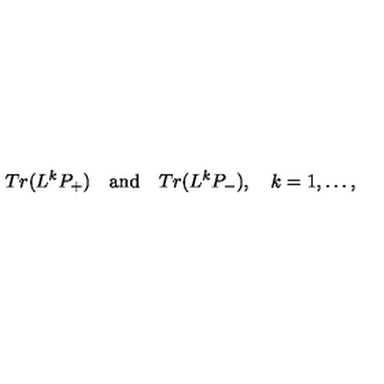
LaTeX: T r ( L ^ { k } P _ { + } ) \quad \mathrm { a n d } \quad T r ( L ^ { k } P _ { - } ) , \quad k = 1 , \ldots ,